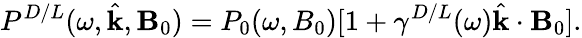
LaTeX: P^{D/L}(\omega,\hat{\mathbf{k}},\mathbf{B}_{0})=P_{0}(\omega,B_{0})[1+\gamma^{D/L}(\omega)\hat{\mathbf{k}}\cdot\mathbf{B}_{0}].